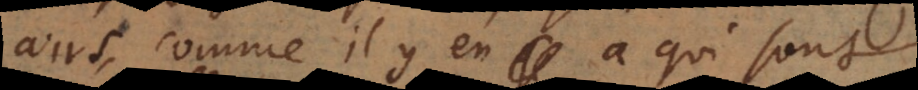
airs, comme il y en a qui sont